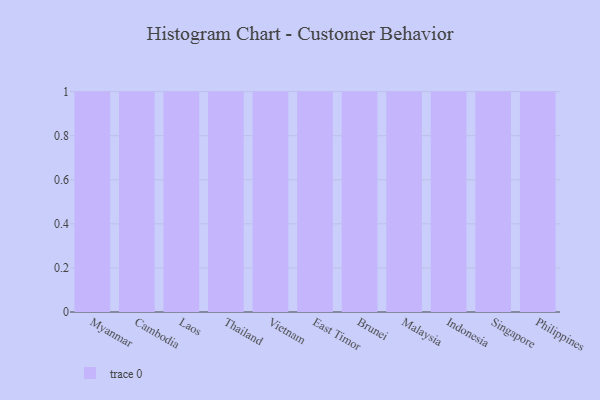
{"axis": {"x": "Country", "y": "Inventory Turnover"}, "legend": [""], "data": [{"x": "Myanmar", "y": 41, "type": ""}, {"x": "Cambodia", "y": 27, "type": ""}, {"x": "Laos", "y": 23, "type": ""}, {"x": "Thailand", "y": 15, "type": ""}, {"x": "Vietnam", "y": 89, "type": ""}, {"x": "East Timor", "y": 59, "type": ""}, {"x": "Brunei", "y": 32, "type": ""}, {"x": "Malaysia", "y": 49, "type": ""}, {"x": "Indonesia", "y": 51, "type": ""}, {"x": "Singapore", "y": 39, "type": ""}, {"x": "Philippines", "y": 64, "type": ""}]}